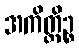
အကိတ္တိဉ္စ